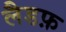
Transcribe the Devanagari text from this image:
लैडफ़